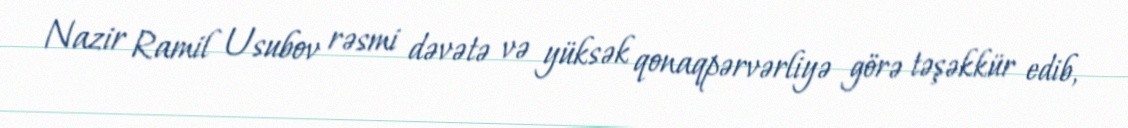
Nazir Ramil Usubov rəsmi dəvətə və yüksək qonaqpərvərliyə görə təşəkkür edib,